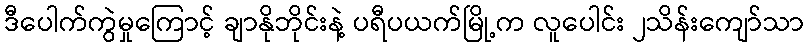
ဒီပေါက်ကွဲမှုကြောင့် ချာနိုဘိုင်းနဲ့ ပရီပယက်မြို့က လူပေါင်း ၂သိန်းကျော်သာ